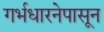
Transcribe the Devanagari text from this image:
गर्भधारनेपासून